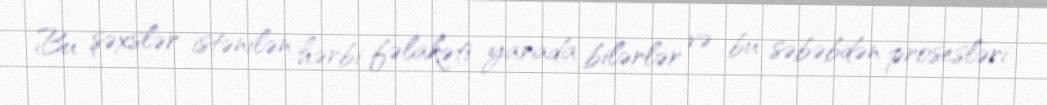
Bu şəxslər istənilən hərbi fəlakəti yarada bilərlər və bu səbəbdən prosesləri